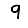
Digit: 9